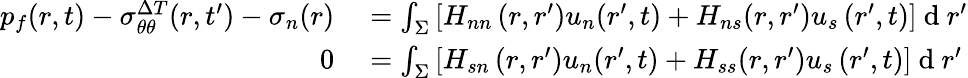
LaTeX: \begin{array}{rl}{p_{f}(r,t)-\sigma_{\theta\theta}^{\Delta T}(r,t^{\prime})-\sigma_{n}(r)}&{{}=\int_{\Sigma}\left[H_{nn}\left(r,r^{\prime}\right)u_{n}(r^{\prime},t)+H_{ns}(r,r^{\prime})u_{s}\left(r^{\prime},t\right)\right]\mathrm{~d~}r^{\prime}}\\ {0}&{{}=\int_{\Sigma}\left[H_{sn}\left(r,r^{\prime}\right)u_{n}(r^{\prime},t)+H_{ss}(r,r^{\prime})u_{s}\left(r^{\prime},t\right)\right]\mathrm{~d~}r^{\prime}}\end{array}